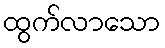
ထွက်လာသော